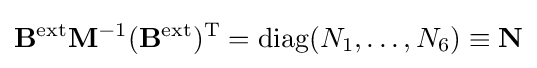
\mathbf {B} ^{\mathrm {ext} }\mathbf {M} ^{-1}(\mathbf {B} ^{\mathrm {ext} })^{\mathrm {T} }=\operatorname {diag} (N_{1},\ldots ,N_{6})\equiv \mathbf {N}